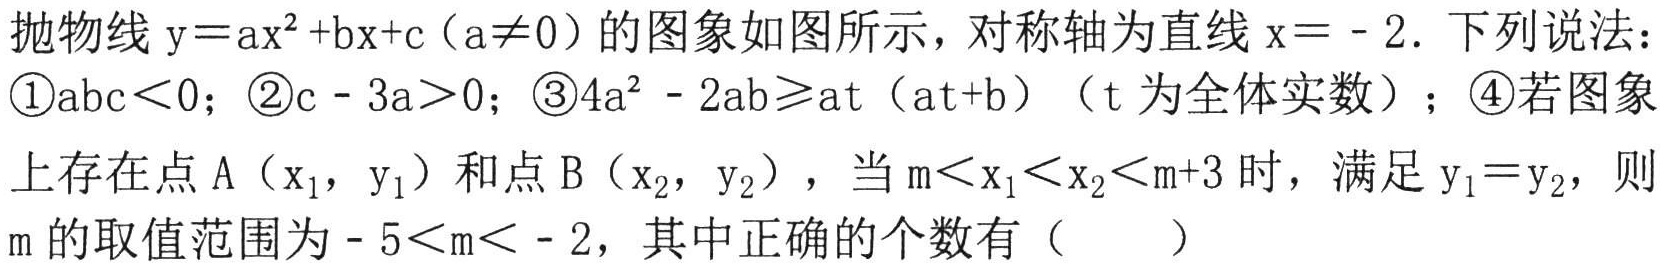
抛物线\(y = ax^{2}+bx + c(a\neq0)\)的图象如图所示，对称轴为直线\(x = - 2\). 下列说法：\textcircled{1}\(abc\lt0\)；\textcircled{2}\(c - 3a\gt0\)；\textcircled{3}\(4a^{2}-2ab\geqslant at(at + b)\)（\(t\)为全体实数）；\textcircled{4}若图象上存在点\(A(x_{1},y_{1})\)和点\(B(x_{2},y_{2})\)，当\(m\lt x_{1}\lt x_{2}\lt m + 3\)时，满足\(y_{1}=y_{2}\)，则\(m\)的取值范围为\(-5\lt m\lt - 2\)，其中正确的个数有（  ）